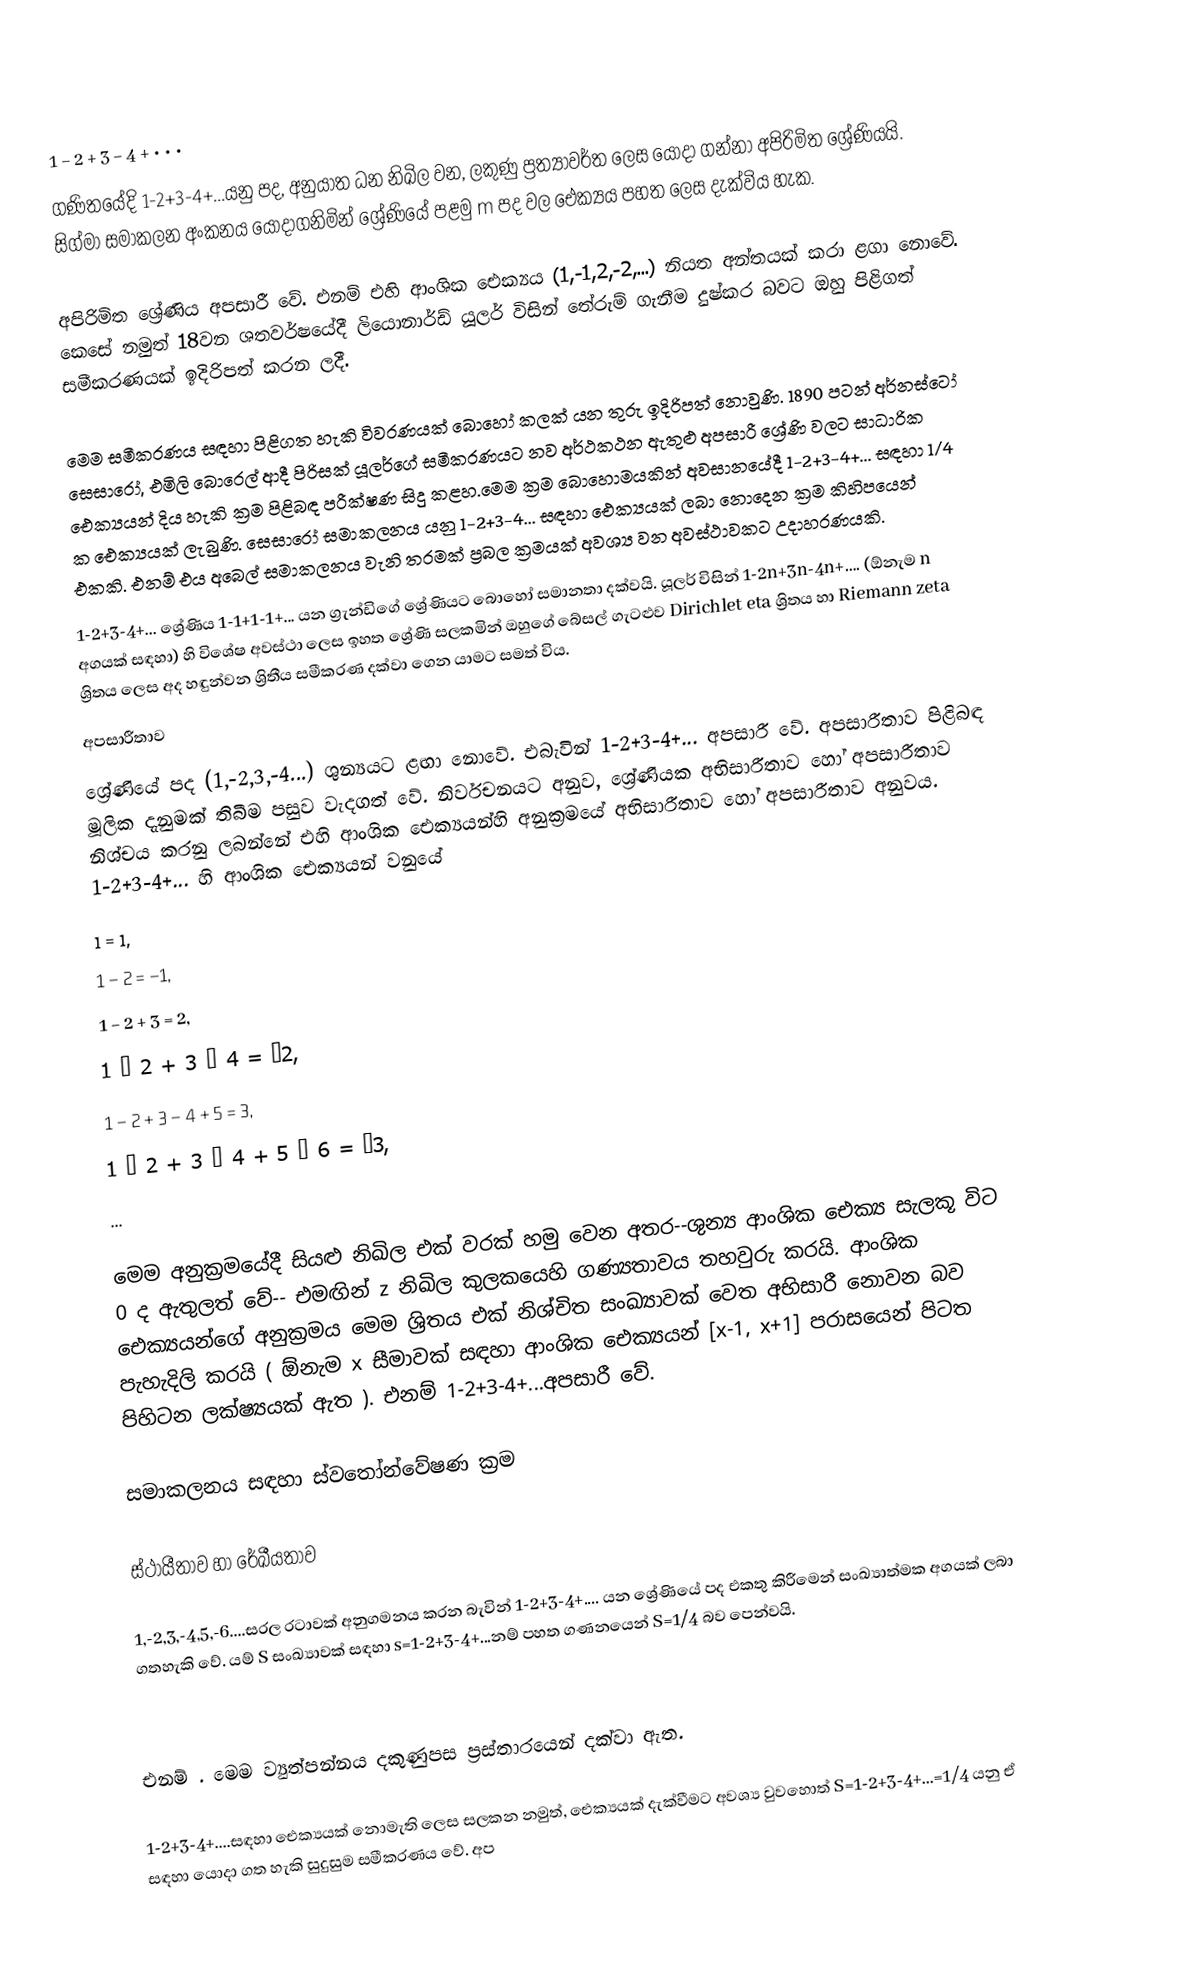
1 − 2 + 3 − 4 + • • •
ගණිතයේදි 1-2+3-4+...යනු පද, අනුයාත ධන නිඛිල වන, ලකුණු ප්‍රත්‍යාවර්ත ලෙස යොදා ගන්නා අපිරිමිත ශ්‍රේණියයි. සිග්මා සමාකලන අංකනය යොදාගනිමින් ශ්‍රේණියේ පළමු m පද වල ඓක්‍යය පහත ලෙස දැක්විය හැක.

අපිරිමිත ශ්‍රේණිය අපසාරී වේ. එනම් එහි ආංශික ඓක්‍යය (1,-1,2,-2,...) නියත අන්තයක් කරා ළගා නොවේ. කෙසේ නමුත් 18වන ශතවර්ෂයේදී ලියොනාර්ඩ් යූලර් විසින් තේරුම් ගැනීම දුෂ්කර බවට ඔහු පිළිගත් සමීකරණයක් ඉදිරිපත් කරන ලදී.

මෙම සමීකරණය සඳහා පිළිගත හැකි විවරණයක් බොහෝ කලක් යන තුරු ඉදිරිපත් නොවුණි. 1890 පටන් අර්නස්ටෝ සෙසාරෝ, එමිලි බොරෙල් ආදී පිරිසක් යූලර්ගේ සමීකරණයට නව අර්ථකථන ඇතුළු අපසාරී ශ්‍රේණි වලට සාධාරික ඓක්‍යයන් දිය හැකි ක්‍රම පිළිබඳ පරීක්ෂණ සිදු කළහ.මෙම ක්‍රම බොහොමයකින් අවසානයේදී 1-2+3-4+... සඳහා 1/4 ක ඓක්‍යයක් ලැබුණි. සෙසාරෝ සමාකලනය යනු 1-2+3-4... සඳහා ඓක්‍යයක් ලබා නොදෙන ක්‍රම කිහිපයෙන් එකකි. එනම් එය අබෙල් සමාකලනය වැනි තරමක් ප්‍රබල ක්‍රමයක් අවශ්‍ය වන අවස්ථාවකට උදාහරණයකි.
1-2+3-4+... ශ්‍රේණිය 1-1+1-1+... යන ග්‍රැන්ඩිගේ ශ්‍රේණියට බොහෝ සමානතා දක්වයි. යූලර් විසින් 1-2n+3n-4n+…. (ඕනැම n අගයක් සඳහා) හි විශේෂ අවස්ථා ලෙස ඉහත  ශ්‍රේණි සලකමින් ඔහුගේ බේසල් ගැටළුව Dirichlet eta ශ්‍රිතය හා Riemann zeta ශ්‍රිතය ලෙස අද හඳුන්වන ශ්‍රිතීය සමීකරණ දක්වා ගෙන යාමට සමත් විය.
අපසාරීතාව
ශ්‍රේණියේ පද (1,-2,3,-4...) ශුන්‍යයට ළඟා නොවේ. එබැවින් 1-2+3-4+... අපසාරී වේ. අපසාරීතාව පිළිබඳ මූලික දැනුමක් තිබීම පසුව වැදගත් වේ. නිර්වචනයට අනුව, ශ්‍රේණියක අභිසාරීතාව හෝ අපසාරීතාව නිශ්චය කරනු ලබන්නේ එහි ආංශික ඓක්‍යයන්හි අනුක්‍රමයේ අභිසාරීතාව හෝ අපසාරීතාව අනුවය. 1-2+3-4+... හි ආංශික ඓක්‍යයන් වනුයේ
1 = 1,
1 − 2 = −1,
1 − 2 + 3 = 2,
1 − 2 + 3 − 4 = −2,
1 − 2 + 3 − 4 + 5 = 3,
1 − 2 + 3 − 4 + 5 − 6 = −3,
...

මෙම අනුක්‍රමයේදී සියළු නිඛිල එක් වරක් හමු වෙන අතර--ශුන්‍ය ආංශික ඓක්‍ය සැලකූ විට 0 ද ඇතුලත් වේ-- එමඟින් z නිඛිල කුලකයෙහි ගණ්‍යතාවය තහවුරු කරයි. ආංශික ඓක්‍යයන්ගේ අනුක්‍රමය මෙම ශ්‍රිතය එක් නිශ්චිත සංඛ්‍යාවක් වෙත අභිසාරී නොවන බව පැහැදිලි කරයි ( ඕනැම x සීමාවක් සඳහා ආංශික ඓක්‍යයන් [x-1, x+1] පරාසයෙන් පිටත පිහිටන ලක්ෂ්‍යයක් ඇත ). එනම් 1-2+3-4+...අපසාරී වේ.

සමාකලනය සඳහා ස්වතෝන්වේෂණ ක්‍රම

ස්ථායීතාව හා රේඛීයතාව

1,-2,3,-4,5,-6....සරල රටාවක් අනුගමනය කරන බැවින් 1-2+3-4+.... යන ශ්‍රේණියේ පද එකතු කිරීමෙන් සංඛ්‍යාත්මක අගයක් ලබා ගතහැකි වේ. යම් S සංඛ්‍යාවක් සඳහා s=1-2+3-4+...නම් පහත ගණනයෙන් S=1/4 බව පෙන්වයි.

එනම්  . මෙම ව්‍යුත්පන්නය දකුණුපස  ප්‍රස්තාරයෙන් දක්වා ඇත.

1-2+3-4+....සඳහා ඓක්‍යයක් නොමැති ලෙස සලකන නමුත්, ඓක්‍යයක් දැක්වීමට අවශ්‍ය වුවහොත් S=1-2+3-4+...=1/4 යනු ඒ සඳහා යොදා ගත හැකි සුදුසුම සමීකරණය වේ. අප